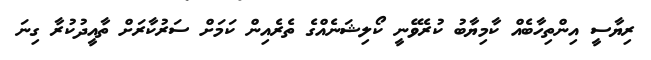
ރިޔާސީ އިންތިހާބެއް ކާމިޔާބު ކުރެވޭނީ ކޯލިޝަނެއްގެ ތެރެއިން ކަމަށް ސަރުކާރަށް ތާއީދުކުރާ ގިނަ